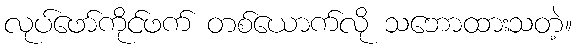
လုပ်ဖော်ကိုင်ဖက် တစ်ယောက်လို သဘောထားသတဲ့။